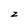
Character: z